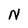
Character: N